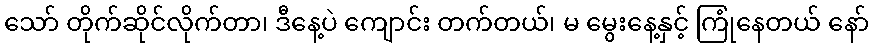
သော် တိုက်ဆိုင်လိုက်တာ၊ ဒီနေ့ပဲ ကျောင်း တက်တယ်၊ မ မွေးနေ့နှင့် ကြုံနေတယ် နော်